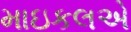
માઇકલએ